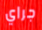
جراي